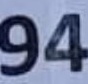
94